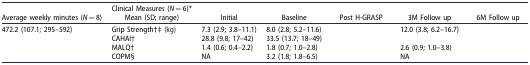
<table><thead><tr><td>[EMPTY_CELL]</td><td><b>Clinical Measures (<i>N</i> = 6)*</b></td><td>[EMPTY_CELL]</td><td>[EMPTY_CELL]</td><td>[EMPTY_CELL]</td><td>[EMPTY_CELL]</td><td>[EMPTY_CELL]</td></tr><tr><td><b>Average weekly minutes (<i>N</i> = 8)</b></td><td><b>Mean (SD; range)</b></td><td><b>Initial</b></td><td><b>Baseline</b></td><td><b>Post H-GRASP</b></td><td><b>3M Follow up</b></td><td><b>6M Follow up</b></td></tr></thead><tbody><tr><td>472.2 (107.1; 295–592)</td><td>Grip Strength†‡ (kg)</td><td>7.3 (2.9; 3.8–11.1)</td><td>8.0 (2.8; 5.2–11.6)</td><td>[EMPTY_CELL]</td><td>12.0 (3.8; 6.2–16.7)</td><td>[EMPTY_CELL]</td></tr><tr><td>[EMPTY_CELL]</td><td>CAHAI†</td><td>28.8 (9.8; 17–42)</td><td>33.5 (13.7; 18–49)</td><td>[EMPTY_CELL]</td><td>[EMPTY_CELL]</td><td>[EMPTY_CELL]</td></tr><tr><td>[EMPTY_CELL]</td><td>MALQ†</td><td>1.4 (0.6; 0.4–2.2)</td><td>1.8 (0.7; 1.0–2.8)</td><td>[EMPTY_CELL]</td><td>2.6 (0.9; 1.0–3.8)</td><td>[EMPTY_CELL]</td></tr><tr><td>[EMPTY_CELL]</td><td>COPM§</td><td>NA</td><td>3.2 (1.8; 1.8–6.5)</td><td>[EMPTY_CELL]</td><td>NA</td><td>[EMPTY_CELL]</td></tr></tbody></table>